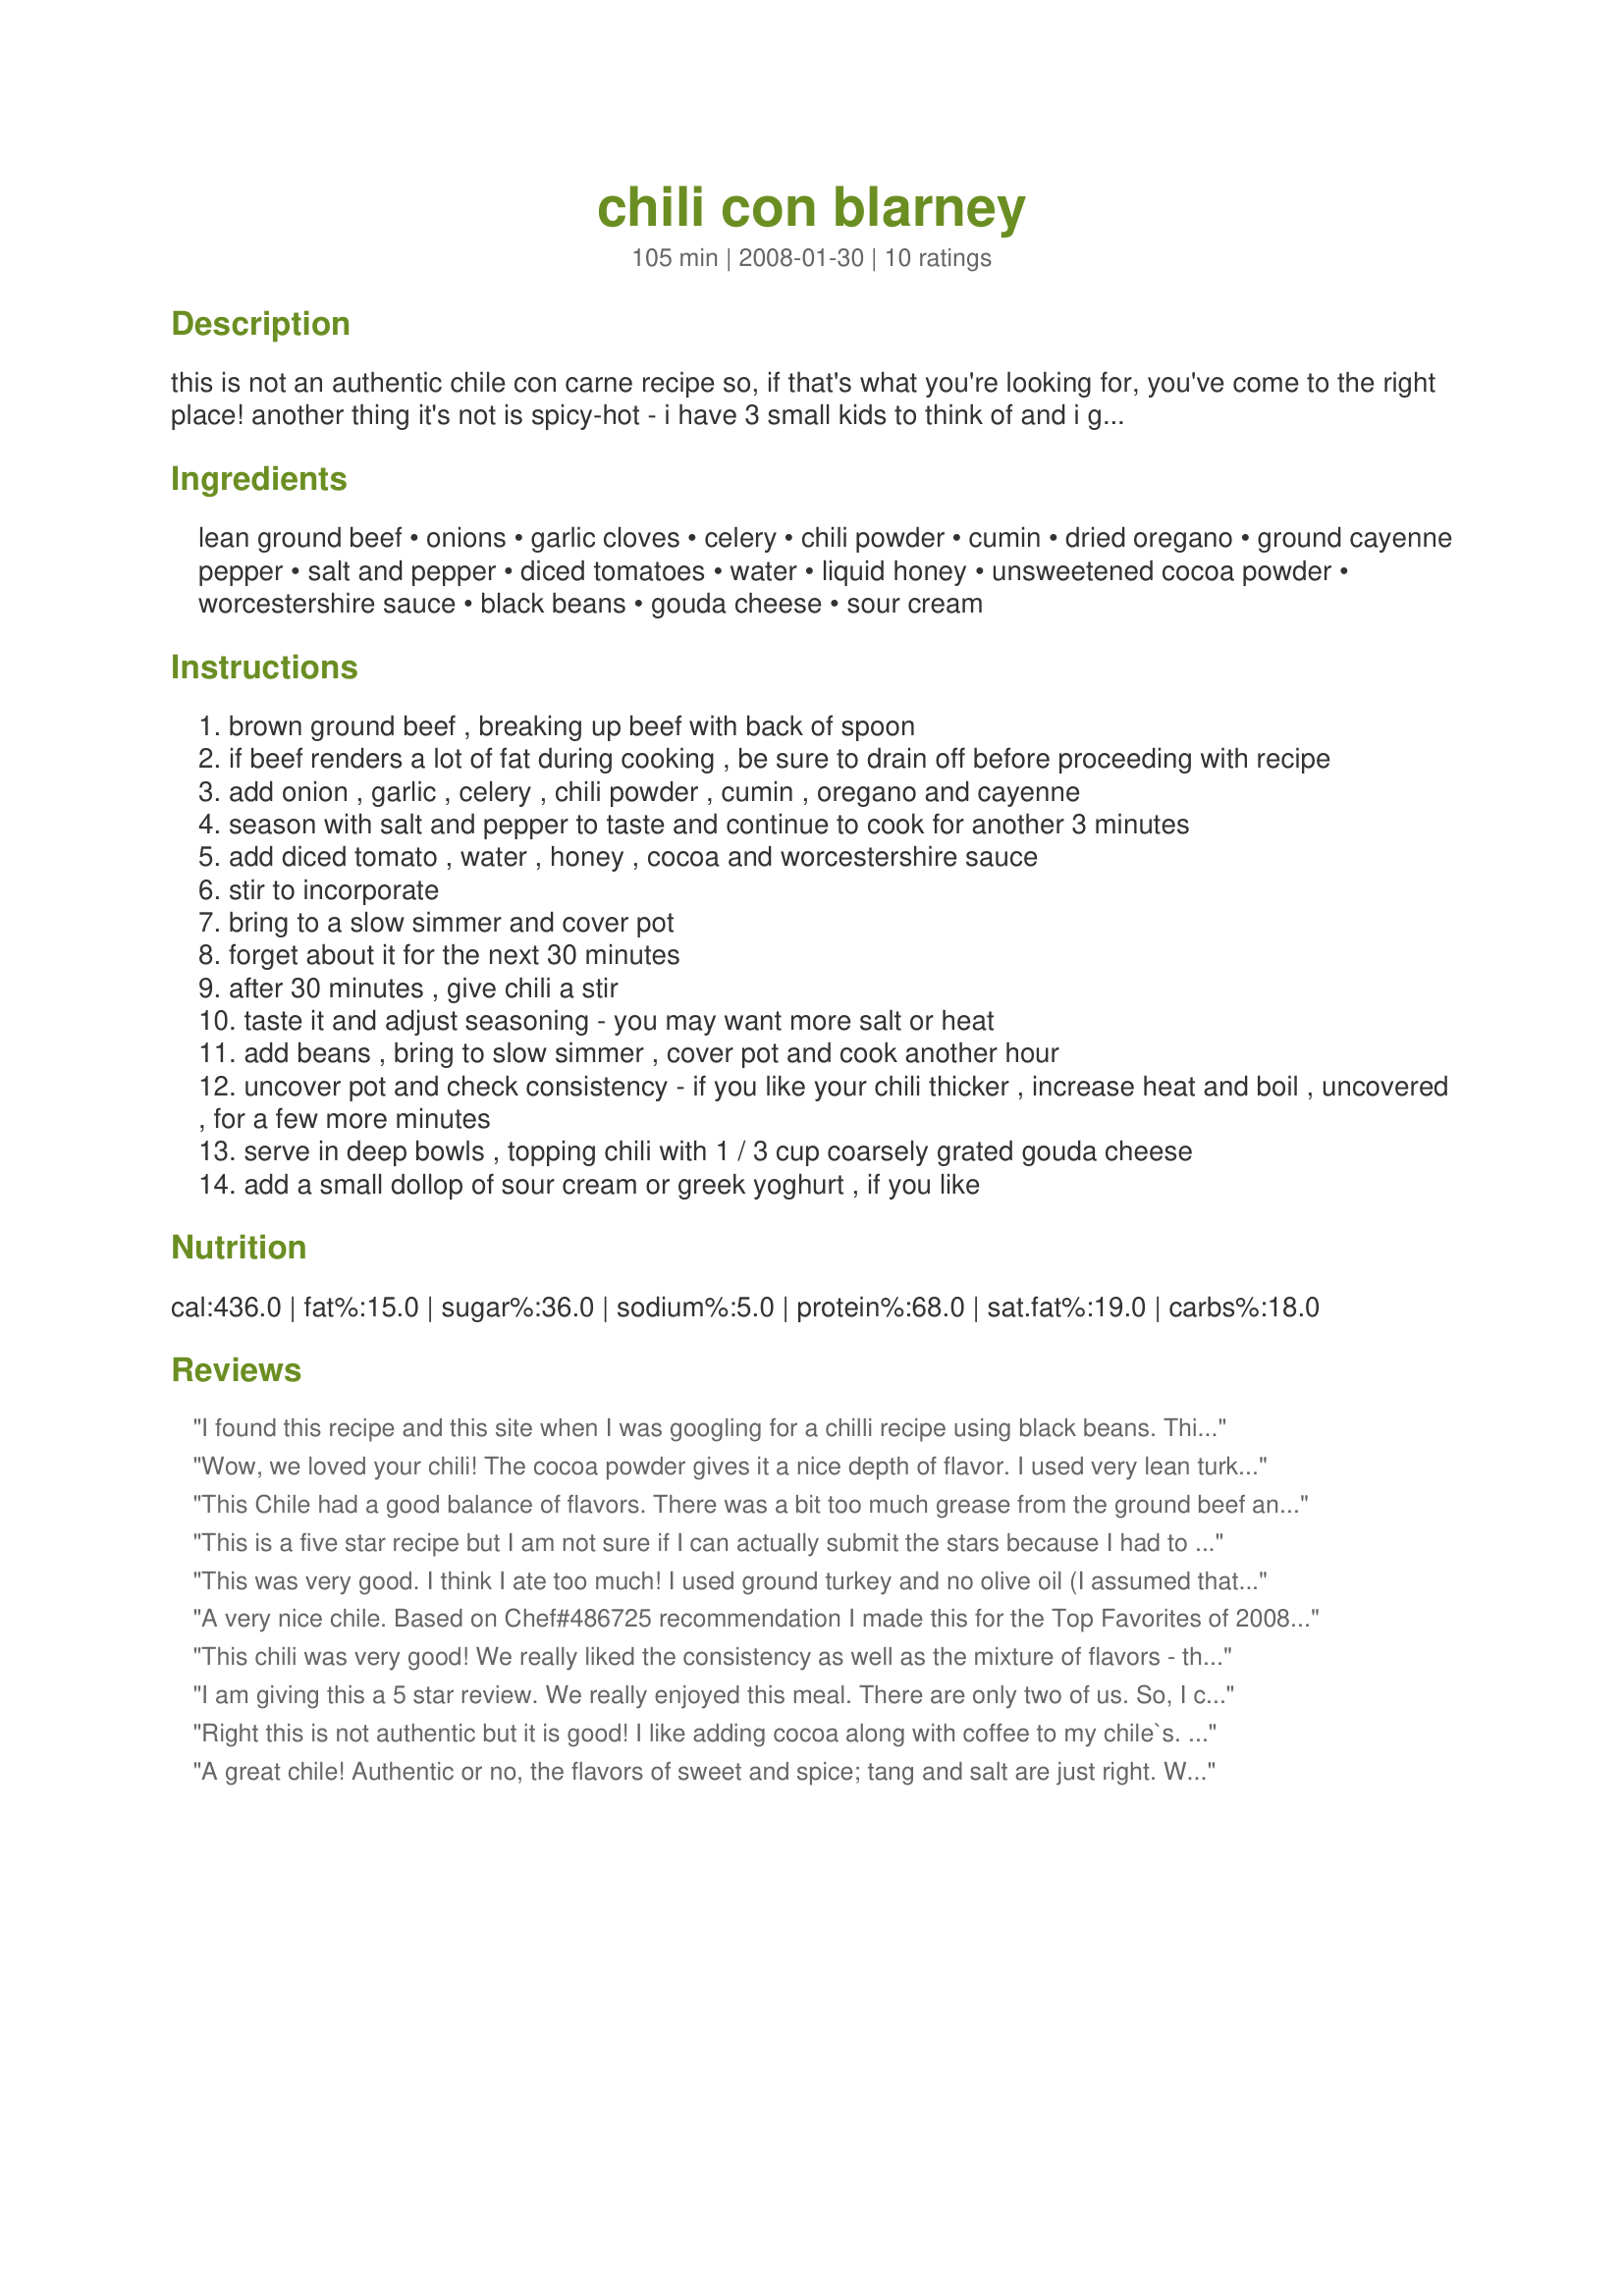
chili con blarney
Preparation time: 105 minutes

this is not an authentic chile con carne recipe so, if that's what you're looking for, you've come to the right place! another thing it's not is spicy-hot - i have 3 small kids to think of and i gave the recipe just enough of a kick so that i knew we could all eat it. if you like very spicy, be sure to up the seasoning amounts. and that's no blarney! an entry of rsc#11.

Ingredients:
lean ground beef, onions, garlic cloves, celery, chili powder, cumin, dried oregano, ground cayenne pepper, salt and pepper, diced tomatoes, water, liquid honey, unsweetened cocoa powder, worcestershire sauce, black beans, gouda cheese, sour cream

Steps:
brown ground beef , breaking up beef with back of spoon
if beef renders a lot of fat during cooking , be sure to drain off before proceeding with recipe
add onion , garlic , celery , chili powder , cumin , oregano and cayenne
season with salt and pepper to taste and continue to cook for another 3 minutes
add diced tomato , water , honey , cocoa and worcestershire sauce
stir to incorporate
bring to a slow simmer and cover pot
forget about it for the next 30 minutes
after 30 minutes , give chili a stir
taste it and adjust seasoning - you may want more salt or heat
add beans , bring to slow simmer , cover pot and cook another hour
uncover pot and check consistency - if you like your chili thicker , increase heat and boil , uncovered , for a few more minutes
serve in deep bowls , topping chili with 1 / 3 cup coarsely grated gouda cheese
add a small dollop of sour cream or greek yoghurt , if you like

Reviews:
I found this recipe and this site when I was googling for a chilli recipe using black beans. This recipe was great. Had no problems making it and I loved the flavour. I am really enjoying this site and its recipes.
Wow, we loved your chili! The cocoa powder gives it a nice depth of flavor. I used very lean turkey, just a teaspoon of sweetener, half the salt, and skipped the cheese. I simmered it about 45 minutes total. Portions are generous. Yummy - you have our vote in the contest!
This Chile had a good balance of flavors. There was a bit too much grease from the ground beef and i wished that I had drained it before continuing to add the rest of the ingredients. The cocoa powder was a nice touch but I wished there was a bit more heat. We enjoyed lunch and the chili was perfect on this cold day. Good Luck Chef!
This is a five star recipe but I am not sure if I can actually submit the stars because I had to substitute two of the contest ingredients. :( (I used brown onions in place of the shallots and forgot to save enough gouda for this recipe, so had to use cheddar... still good, but would have LOVED to try it with the smoked gouda.) The spice combination is one of my favorites and I have always wanted to try chocolate in chili. Absolutely delicious! It was mild enough that my little ones like it but had enough flavor for me and my husband. I used ground turkey and omitted the celery since no one in our family likes it. Will definitely be making this again! Thanks for creating and good luck in the contest!
This was very good. I think I ate too much! I used ground turkey and no olive oil (I assumed that oil was to keep the lean beef from sticking). After adding the seasonings I thought, "that smells really good!" There was something special about the flavor of the gouda cheese but I tried it with cheddar too because when I make this again (and I WILL make this again) I'll probably cheap-out on the cheese. It's good with cheddar too (and Fritos!)(Aldi brand, of course.) After my boys had tried it I said, "and the surprise ingredient is...Chocolate!" "euw!" but they ate it all up!
A very nice chile. Based on Chef#486725 recommendation I made this for the Top Favorites of 2008 game. I used ground turkey breast instead of ground beef and queso monterrey jack cheese for the gouda. I added 1 more teaspoon of chile and we felt it was pretty mild with the additional chile. We would have preferred more tomatoes in it. The cocoa was nicely subtle and gave it a dark broth. The honey was an excellent choice-I usually add a bit of brown sugar to mine so this was a new idea for me. Thanks evelyn/athens for posting. Made for Top Favorites of 2008 tag.
This chili was very good! We really liked the consistency as well as the mixture of flavors - the cocoa melded with the other flavors and was barely detectable, although it gave the chili a little bit of a musky character. I did find it just a bit too salty and added some black pepper to it. We liked the gouda with this chili. Will definitely save and make again! Good luck with RSC!
I am giving this a 5 star review.

We really enjoyed this meal. There are only two of us. So, I cut it in half and it still worked well as long as I kept an eye on it and topped it up with a bit of water if it started to go dry. I am a wimp when it comes to spices so I used mild chili powder and let my boyfriend add on the heat with some jalapeÃ±oï¿½os on top of his. I liked that even with all the spices the main taste was of good meat and beans with the spices accenting that taste. After taking the last bite my boyfriend said "I could eat that all over again". From him that is very high praise.
Right this is not authentic but it is good! I like adding cocoa along with coffee to my chile`s. It doesn`t add a distinct flavor but they blend into something wonderful. I did have to triple the cumin, oregano, cayenne, and chili powder. The fat total for this recipe is not right for it call for Gouda cheese but the cheese is NA! So do calculate fat to be added 1/3 cup per person. I wish I had smoked Gouda because that would really top this so good!
A great chile! Authentic or no, the flavors of sweet and spice; tang and salt are just right. We loved the inclusion of celery (a brilliant touch) and while I was a bit nervous about the amount of Worcestershire sauce, the final result was excellent. A big thank you, Ev! Excellent!
